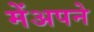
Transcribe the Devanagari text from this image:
मेंअपने